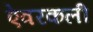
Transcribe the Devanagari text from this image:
ऐवरकली